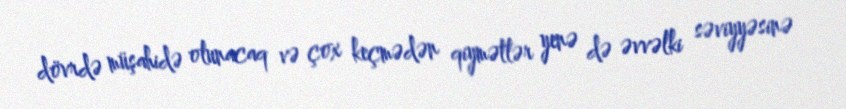
dövrdə müşahidə olunacaq və çox keçmədən qiymətlər yenə də əvvəlki səviyyəsinə